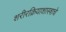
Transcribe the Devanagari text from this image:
शरीरक्रियाशास्त्राचे